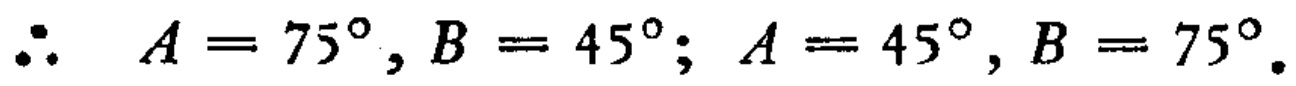
\(\therefore\ A = 75^{\circ}, B = 45^{\circ}; A = 45^{\circ}, B = 75^{\circ}.\)